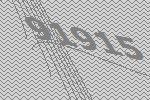
91915